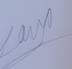
Signature authenticity: genuine